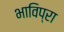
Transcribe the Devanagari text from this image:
भाविप्रा